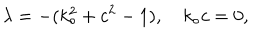
\lambda = - ( k _ { \circ } ^ { 2 } + c ^ { 2 } - 1 ) , \quad k _ { \circ } c = 0 ,